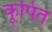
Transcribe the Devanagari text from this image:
कूपित